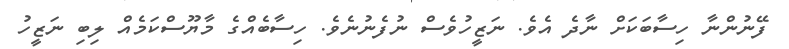
ފޭނުންނާ ހިސާބަކަށް ނާދެ އެވެ. ނަޒީހުވެސް ނުފެނުނެވެ. ހިސާބެއްގެ މާޔޫސްކަމެއް ލިބި ނަޒީހު